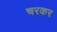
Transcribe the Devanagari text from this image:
चरकर